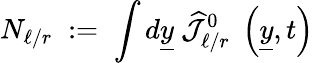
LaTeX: N_{\ell/r}\; :=\; \int d\underline{{{y}}}~\widehat{{\mathcal J}}_{\ell/r}^{0}\; \left(\underline{{{y}}},t\right)